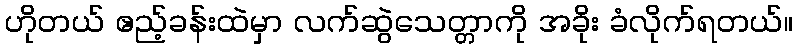
ဟိုတယ် ဧည့်ခန်းထဲမှာ လက်ဆွဲသေတ္တာကို အခိုး ခံလိုက်ရတယ်။